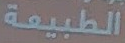
الطبيعة